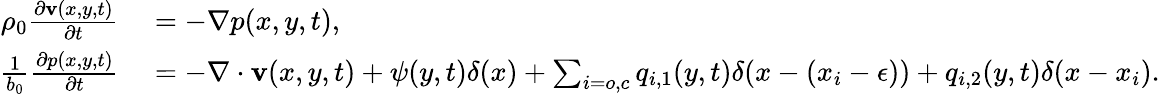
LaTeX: \begin{array}{rl}{\rho_{0}\frac{\partial\textbf{v}(x,y,t)}{\partial t}}&{{}=-\nabla p(x,y,t),}\\ {\frac{1}{b_{0}}\frac{\partial p(x,y,t)}{\partial t}}&{{}=-\nabla\cdot\textbf{v}(x,y,t)+\psi(y,t)\delta(x)+\sum_{i=o,c}{q_{i,1}(y,t)\delta(x-(x_{i}-\epsilon))+q_{i,2}(y,t)\delta(x-x_{i})}.}\end{array}